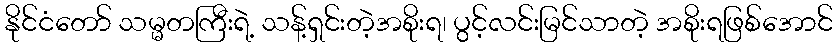
နိုင်ငံတော် သမ္မတကြီးရဲ့ သန့်ရှင်းတဲ့အစိုးရ၊ ပွင့်လင်းမြင်သာတဲ့ အစိုးရဖြစ်အောင်